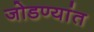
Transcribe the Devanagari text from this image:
जोडण्यांत